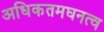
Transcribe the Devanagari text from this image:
अधिकतमघनत्व